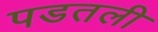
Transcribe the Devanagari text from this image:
पडतली